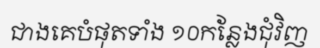
ជាងគេបំផុតទាំង ១០កន្លែងជុំវិញ